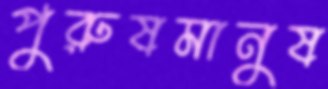
পুরুষমানুষ